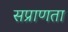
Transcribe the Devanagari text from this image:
सप्राणता